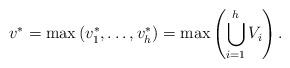
LaTeX: \begin{align*}v^* = \max\left(v_1^*,\ldots, v_h^* \right) = \max\left( \bigcup_{i=1}^h V_i\right).\end{align*}